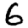
Digit: 6